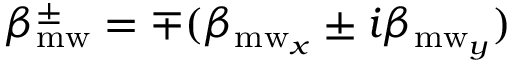
\beta _ { \mathrm { m w } } ^ { \pm } = \mp ( \beta _ { \mathrm { m w } _ { x } } \pm i \beta _ { \mathrm { m w } _ { y } } )